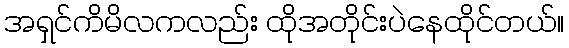
အရှင်ကိမိလကလည်း ထိုအတိုင်းပဲနေထိုင်တယ်။